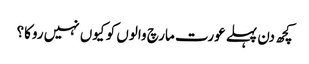
کچھ دن پہلے عورت مارچ والوں کو کیوں نہیں روکا؟